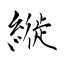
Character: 縰